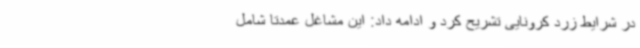
در شرایط زرد کرونایی تشریح کرد و ادامه داد: این مشاغل عمدتا شامل